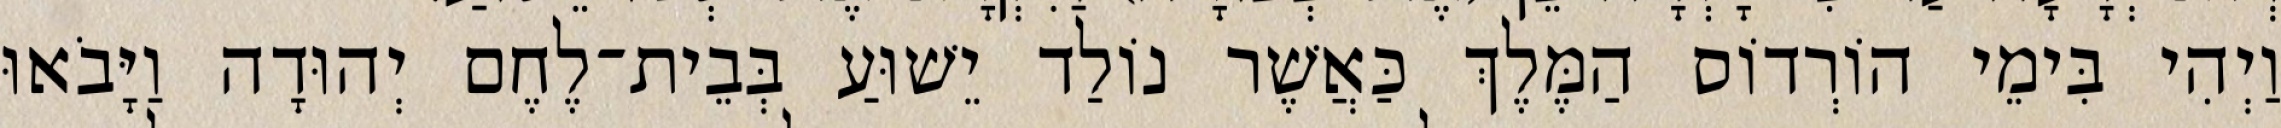
וַיְהִי בִּימֵי הוֹרְדוֹס הַמֶּלֶךְ כַּאֲשֶׁר נוֹלַד יֵשׁוּעַ בְּבֵית־לֶחֶם יְהוּדָה וַיָּבֹאוּ